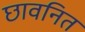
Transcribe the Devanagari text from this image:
छावनित